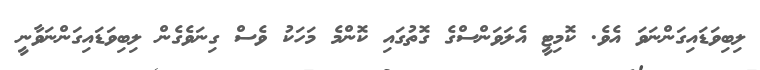
ލިބިވަޑައިގަންނަވަ އެވެ. ކޮމިޓީ އެލަވަންސްގެ ގޮތުގައި ކޮންމެ މަހަކު ވެސް ގިނަވެގެން ލިބިވަޑައިގަންނަވާނީ